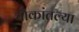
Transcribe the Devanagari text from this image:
चौकांतल्या